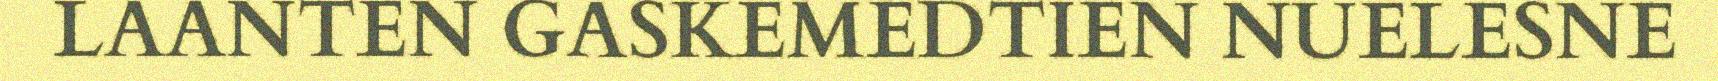
LAANTEN GASKEMEDTIEN NUELESNE